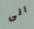
الى